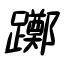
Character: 躑